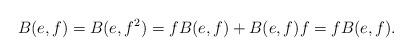
LaTeX: \begin{align*}B(e,f)=B(e,f^2)=fB(e,f)+B(e,f)f=fB(e,f).\end{align*}